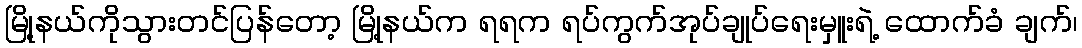
မြို့နယ်ကိုသွားတင်ပြန်တော့ မြို့နယ်က ရရက ရပ်ကွက်အုပ်ချုပ်ရေးမှူးရဲ့ ထောက်ခံ ချက်၊